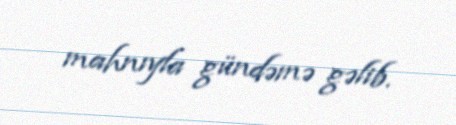
mahnıyla gündəmə gəlib.